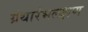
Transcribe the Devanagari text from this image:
ग्रंथारंभलक्षण